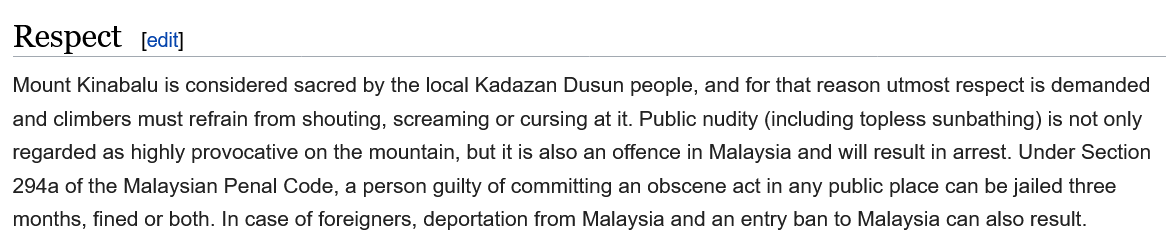
Respect    [edit]
  Mount Kinabalu is considered sacred by the local Kadazan Dusun people, and for that reason utmost respect is demanded
  and climbers must refrain from shouting, screaming or cursing at it. Public nudity (including topless sunbathing) is not only
  regarded as highly provocative on the mountain, but it is also an offence in Malaysia and will result in arrest. Under Section
  294a of the Malaysian Penal Code, a person guilty of committing an obscene act in any public place can be jailed three
  months, fined or both. In case of foreigners, deportation from Malaysia and an entry ban to Malaysia can also result.